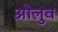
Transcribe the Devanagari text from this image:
ओलुव